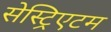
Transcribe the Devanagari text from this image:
सेस्ट्रिएटम